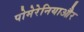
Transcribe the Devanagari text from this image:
पोमेरेनियाऔर